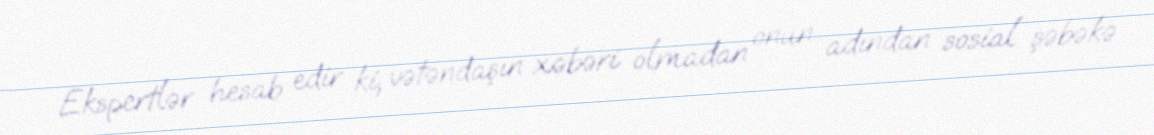
Ekspertlər hesab edir ki, vətəndaşın xəbəri olmadan onun adından sosial şəbəkə